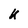
Character: U